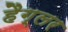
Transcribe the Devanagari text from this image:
हैग्लर